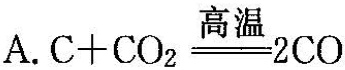
A. $$C+CO_{2}\xlongequal[]{高温}2CO$$